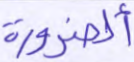
ألضرورة